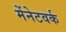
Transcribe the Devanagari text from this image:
मेंनेटवर्क